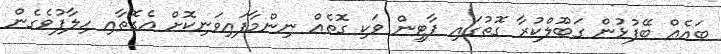
ބައެއް ބޭފުޅުން ގަބޫލްކުރާ ގޮތުގައި ޕާޓީން ވަކި ގޮތެއް ނިންމާފައިވަނިކޮށް އެގޮތާއި ހިލާފުވެގެން